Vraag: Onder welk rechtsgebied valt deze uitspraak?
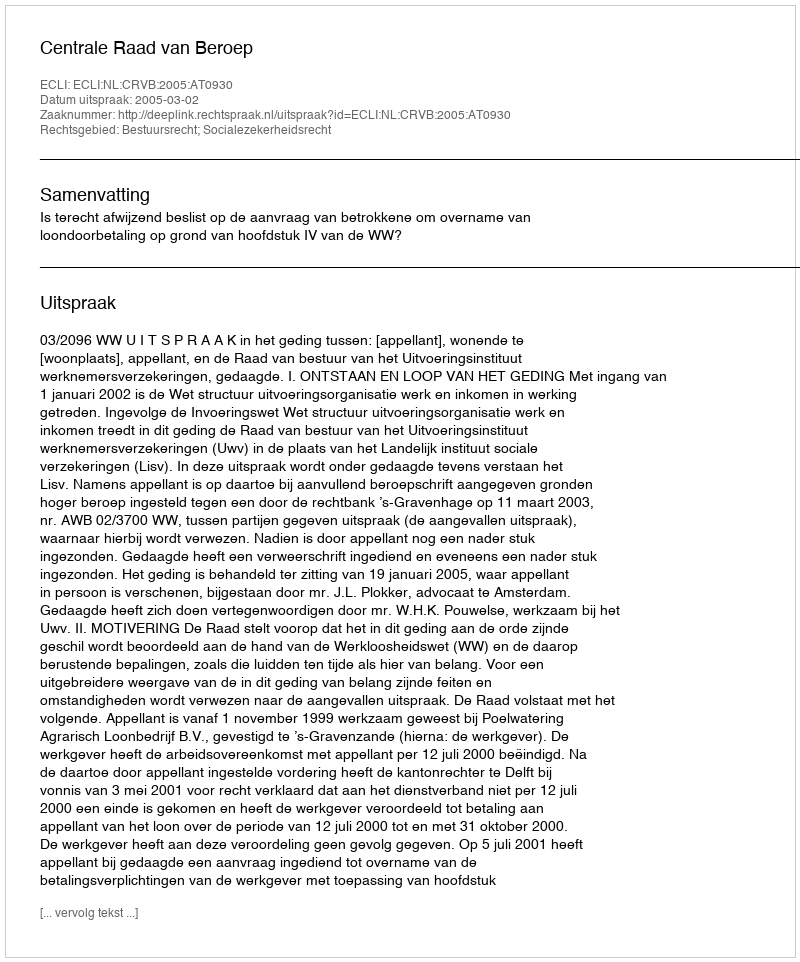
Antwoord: Bestuursrecht; Socialezekerheidsrecht